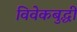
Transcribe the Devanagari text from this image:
विवेकबुद्धी